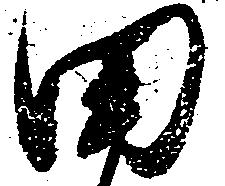
田